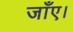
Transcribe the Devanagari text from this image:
जाँए।